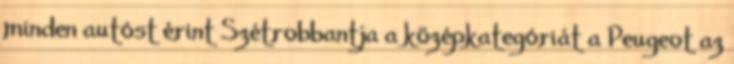
minden autóst érint Szétrobbantja a középkategóriát a Peugeot az